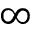
\infty